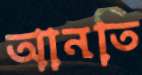
আনতি